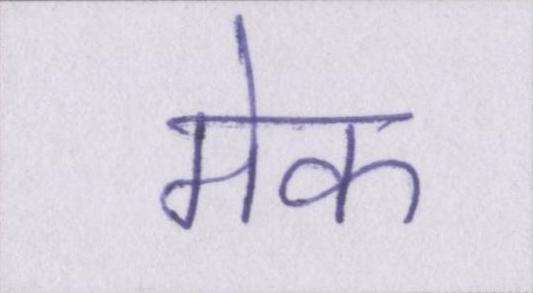
मेक